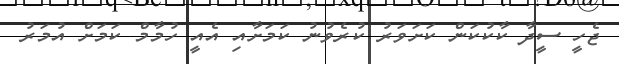
ޖެހީ ސީދާ ކާކުކަން ކަށަވަރު ކުރެވުނު ކަމަށާއި އެއީ ހުމާމް ކަމަށް އުމަރު